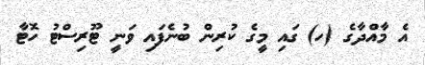
އެ މާއްދާގެ (ހ) ގައި މީގެ ކުރިން ބުނެފައި ވަނީ ޓޫރިސްޓު ހޮޓާ